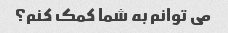
می توانم به شما کمک کنم؟